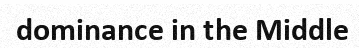
dominance in the Middle